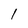
Character: 1